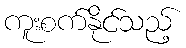
ကူးစက်နိုင်သည့်